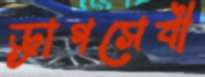
ড্রাগসেবী